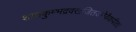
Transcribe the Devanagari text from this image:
शातकुम्भद्रवखजितजनेवैकपीता